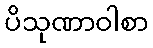
ပိသုဏာဝါစာ